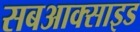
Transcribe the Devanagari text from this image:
सबआक्साइड